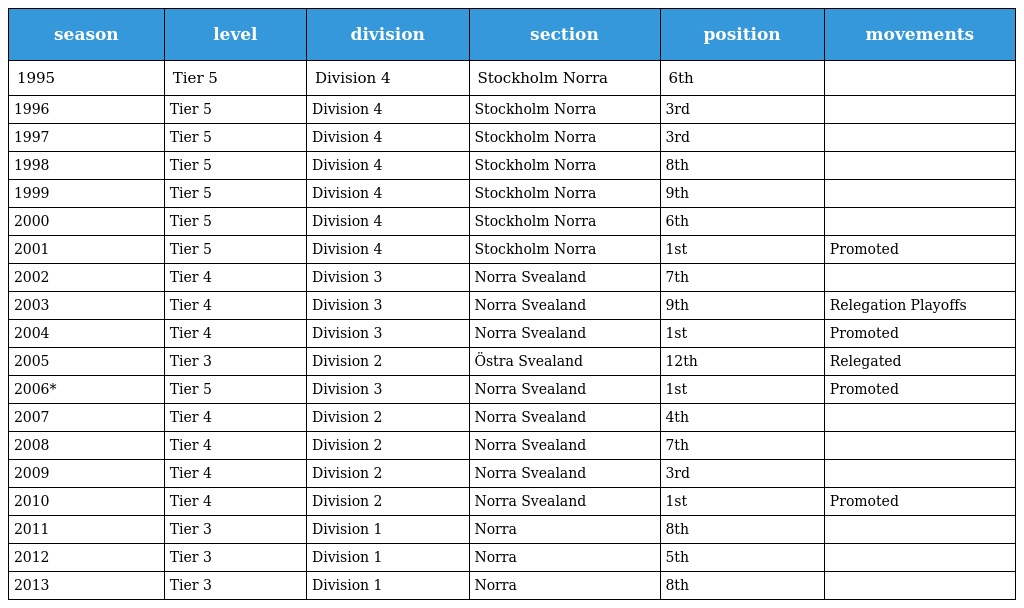
| season | level | division | section | position | movements |
 | --- | --- | --- | --- | --- | --- |
 | 1995 | Tier 5 | Division 4 | Stockholm Norra | 6th |  |
 | 1996 | Tier 5 | Division 4 | Stockholm Norra | 3rd |  |
 | 1997 | Tier 5 | Division 4 | Stockholm Norra | 3rd |  |
 | 1998 | Tier 5 | Division 4 | Stockholm Norra | 8th |  |
 | 1999 | Tier 5 | Division 4 | Stockholm Norra | 9th |  |
 | 2000 | Tier 5 | Division 4 | Stockholm Norra | 6th |  |
 | 2001 | Tier 5 | Division 4 | Stockholm Norra | 1st | Promoted |
 | 2002 | Tier 4 | Division 3 | Norra Svealand | 7th |  |
 | 2003 | Tier 4 | Division 3 | Norra Svealand | 9th | Relegation Playoffs |
 | 2004 | Tier 4 | Division 3 | Norra Svealand | 1st | Promoted |
 | 2005 | Tier 3 | Division 2 | Östra Svealand | 12th | Relegated |
 | 2006* | Tier 5 | Division 3 | Norra Svealand | 1st | Promoted |
 | 2007 | Tier 4 | Division 2 | Norra Svealand | 4th |  |
 | 2008 | Tier 4 | Division 2 | Norra Svealand | 7th |  |
 | 2009 | Tier 4 | Division 2 | Norra Svealand | 3rd |  |
 | 2010 | Tier 4 | Division 2 | Norra Svealand | 1st | Promoted |
 | 2011 | Tier 3 | Division 1 | Norra | 8th |  |
 | 2012 | Tier 3 | Division 1 | Norra | 5th |  |
 | 2013 | Tier 3 | Division 1 | Norra | 8th |  |